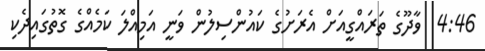
4:46  ވާދޫގެ ތަރައްގީއަށް އެރަށުގެ ކައުންސިލުން ވަނީ އަމިއްލަ ކަމެއްގެ ގޮތުގައިދެކި